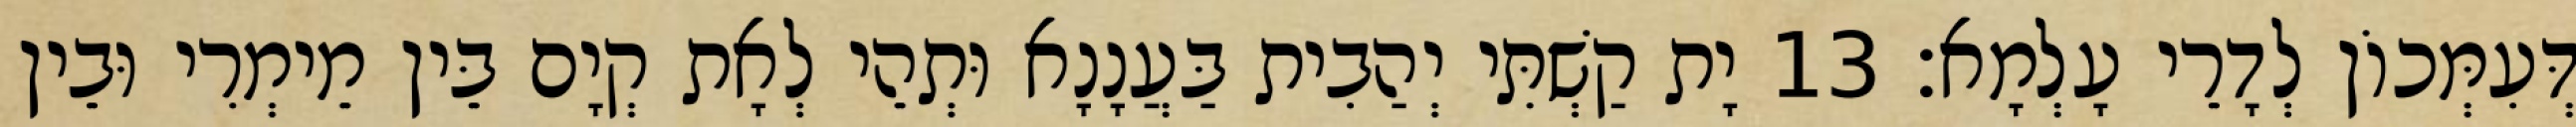
דְּעִמְּכוֹן לְדָרֵי עָלְמָא׃ 13 יָת קַשְׁתִּי יְהַבִית בַּעֲנָנָא וּתְהֵי לְאָת קְיָם בֵּין מֵימְרִי וּבֵין